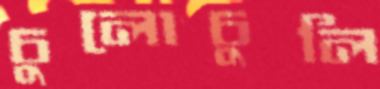
চুলোচুলি